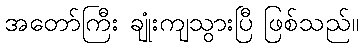
အတော်ကြီး ချုံးကျသွားပြီ ဖြစ်သည်။